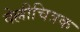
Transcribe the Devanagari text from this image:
वेल्लीचित्रक